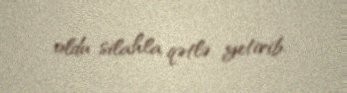
oldu silahla qətlə yetirib.